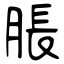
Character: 脹